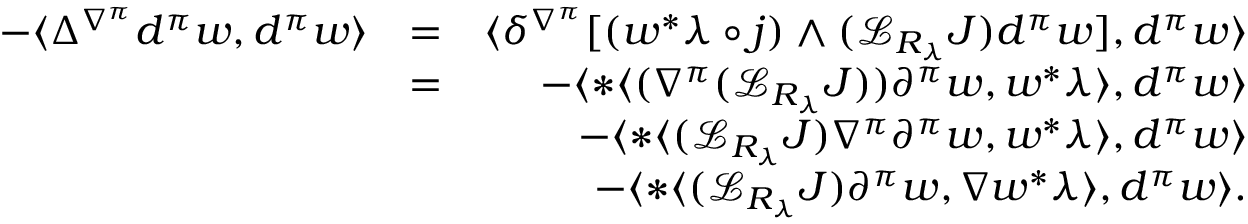
\begin{array} { r l r } { - \langle \Delta ^ { \nabla ^ { \pi } } d ^ { \pi } w , d ^ { \pi } w \rangle } & { = } & { \langle \delta ^ { \nabla ^ { \pi } } [ ( w ^ { * } \lambda \circ j ) \wedge ( { \mathcal L } _ { R _ { \lambda } } J ) d ^ { \pi } w ] , d ^ { \pi } w \rangle } \\ & { = } & { - \langle * \langle ( \nabla ^ { \pi } ( { \mathcal L } _ { R _ { \lambda } } J ) ) \partial ^ { \pi } w , w ^ { * } \lambda \rangle , d ^ { \pi } w \rangle } \\ & { } & { - \langle * \langle ( { \mathcal L } _ { R _ { \lambda } } J ) \nabla ^ { \pi } \partial ^ { \pi } w , w ^ { * } \lambda \rangle , d ^ { \pi } w \rangle } \\ & { } & { - \langle * \langle ( { \mathcal L } _ { R _ { \lambda } } J ) \partial ^ { \pi } w , \nabla w ^ { * } \lambda \rangle , d ^ { \pi } w \rangle . } \end{array}